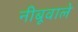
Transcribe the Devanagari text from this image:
नीबूवाले